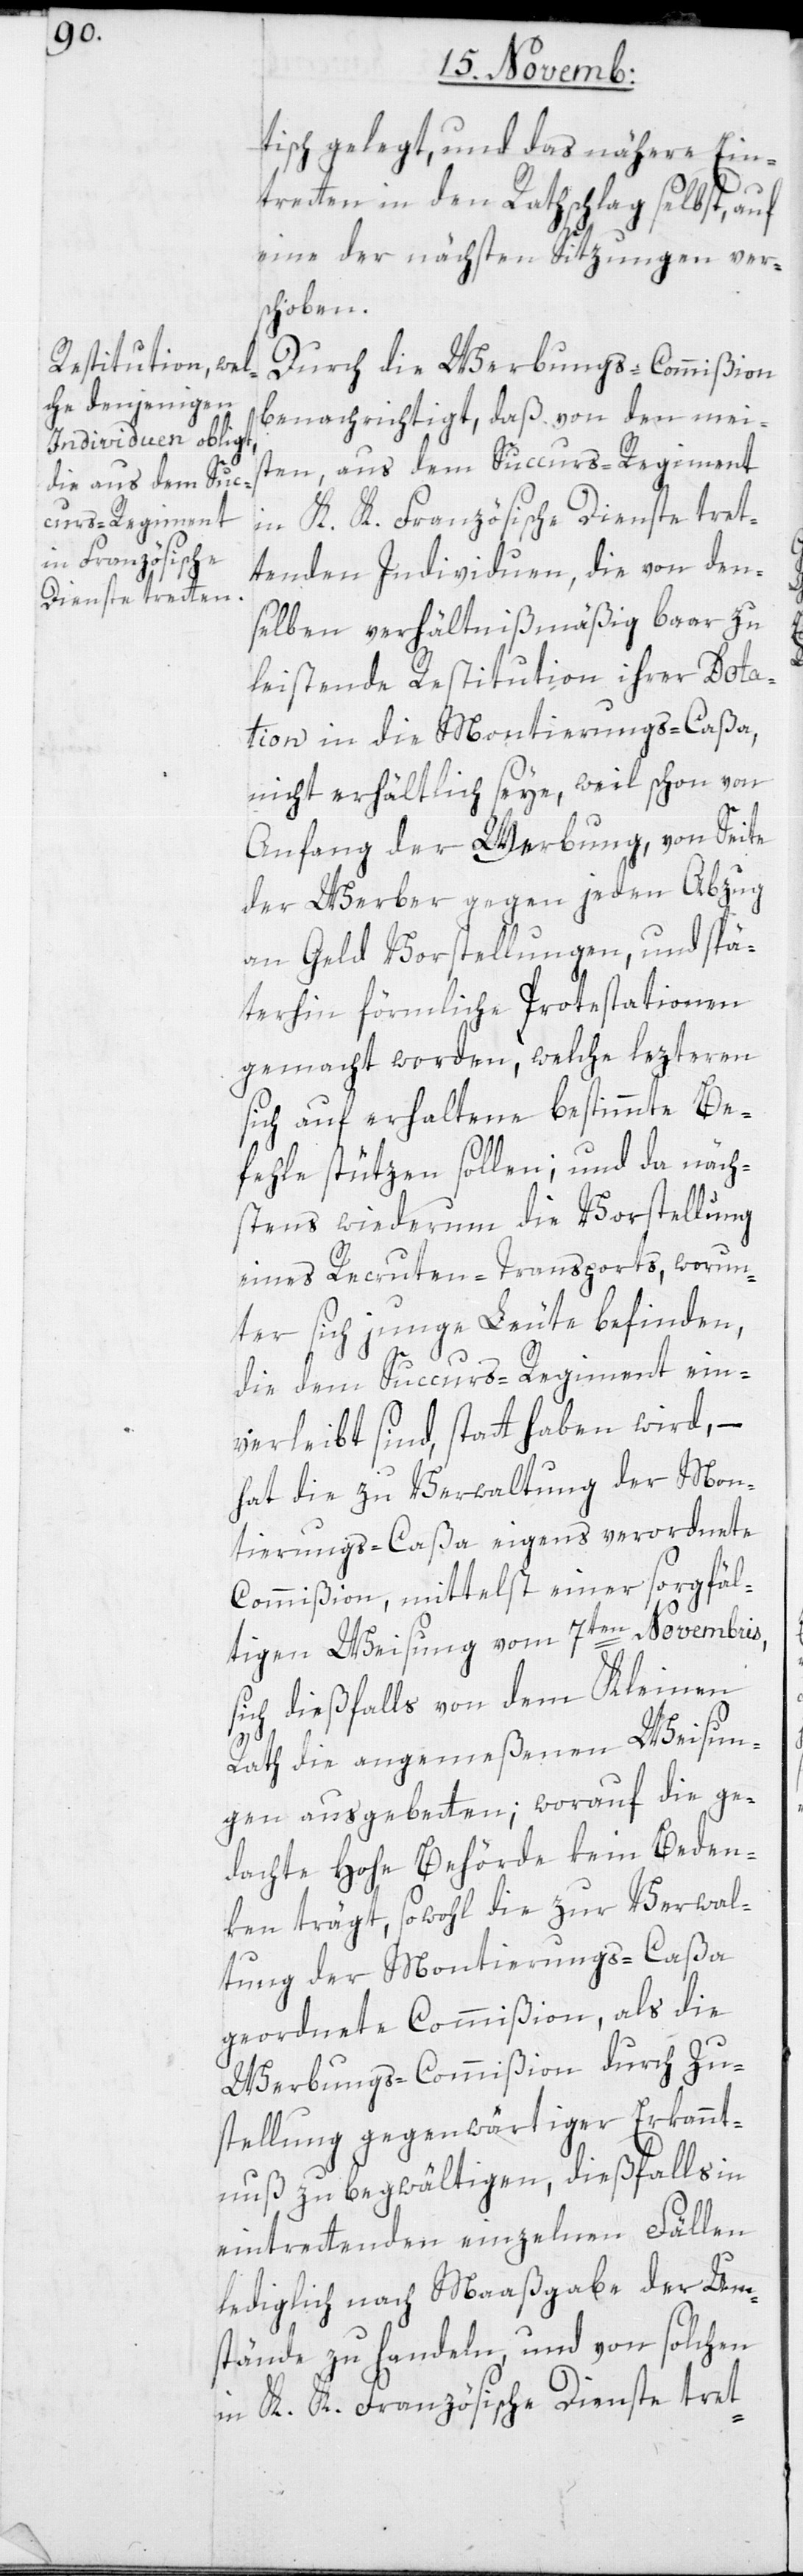
tisch gelegt, und das nähere Ein¬
treten in den Rathschlag selbst, auf
eine der nächsten Sitzungen ver¬
schoben.
Durch die Werbungs-Commißion
benachrichtiget, daß von den mei¬
sten, aus dem Succurs-Regiment
in K. K. Französische Dienste tret¬
tenden Individuen, die von den¬
selben verhältnißmäßig baar zu
leistende Restitution ihrer Dota¬
tion in die Montierungs-Caßa,
nicht erhältlich seye, weil schon vor
Anfang der Werbung, von Seite
der Werber gegen jeden Abzug
an Geld Vorstellungen, und spä¬
terhin förmliche Protestationen
gemacht worden, welche lezteren
sich auf erhaltene bestimmte Be¬
fehle stützen sollen; und da näch¬
stens wiederum die Vorstellung
eines Recruten-Transports, worun¬
ter sich junge Leute befinden,
die dem Succurs-Regiment ein¬
verleibt sind, statt haben wird, –
hat die zu Verwaltung der Mon¬
tierungs-Caßa eigens verordnete
Commißion, mittelst einer sorgfäl¬
tigen Weisung vom 7ten Novembris,
sich dießfalls von dem Kleinen
Rath die angemeßenen Weisun¬
gen ausgebetten; worauf die ge¬
dachte Hohe Behörde kein Beden¬
ken trägt, sowohl die zur Verwal¬
tung der Montierungs-Caßa
geordnete Commißion, als die
Werbungs-Commißion durch Zu¬
stellung gegenwärtiger Erkannt¬
nuß zu begwältigen, dießfalls in
eintretenden einzelnen Fällen
lediglich nach Maaßgabe der Um¬
stände zu handeln, und vor solchen
in K. K. Französische Dienste tret-